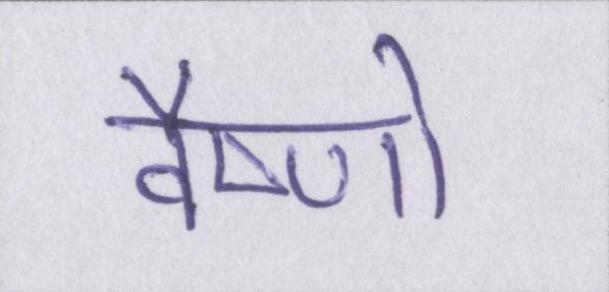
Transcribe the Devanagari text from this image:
वैष्णो